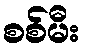
စစ်မီး